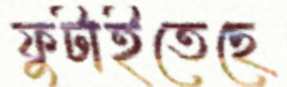
ফুটাইতেছে